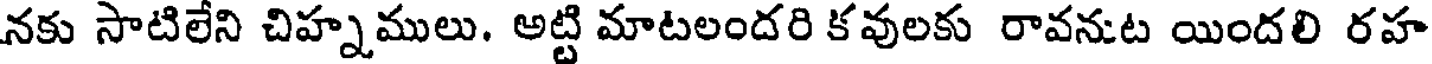
నకు సాటిలేని చిహ్నములు. అట్టి మాటలందరి కవులకు రావనుట యిందలి రహ